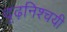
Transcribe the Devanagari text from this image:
दृढ़निश्‍चयी